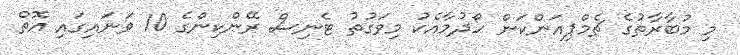
މި މުބާރާތުގެ ޗެމްޕިއަންކަން ހޯދުމާއެކު މިވަގުތު ޓެނިސް ރޭންކިންގެ 10 ވަނައިގައި އޮތް